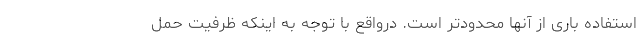
استفاده باری از آنها محدودتر است. درواقع با توجه به اینکه ظرفیت حمل‌